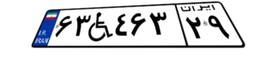
۶۳W۴۶۳۲۹